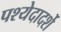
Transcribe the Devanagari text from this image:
पश्येदादर्शे